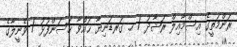
ރަންމަތީގެ އިސްމާއިލް ރަޝާދު / ހ. ގަރޑަނިޔާ ޙައްވާ ޙަސަންފުޅު / ވެނީލާގެ